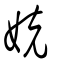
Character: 娔